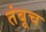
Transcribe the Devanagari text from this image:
तंबूच